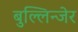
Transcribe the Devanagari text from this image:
बुल्लिन्जेर